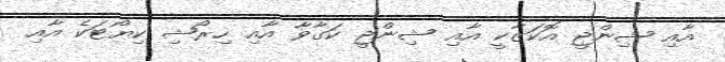
އާއި ޝިންޖީ އޮކަޒާކީ އާއި ޝިންޖީ ކަގާވާ އާއި ހިރޯޝި ކިޔޯޓަކެ އާއި